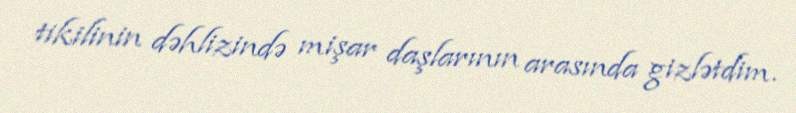
tikilinin dəhlizində mişar daşlarının arasında gizlətdim.